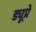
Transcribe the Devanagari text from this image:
ड्यूप्रे